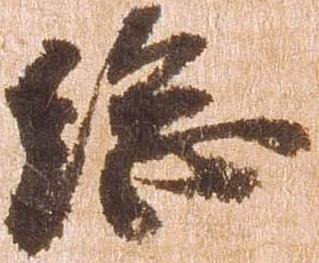
総